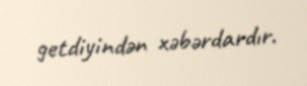
getdiyindən xəbərdardır.